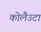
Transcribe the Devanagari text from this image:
कोलैउटा